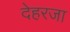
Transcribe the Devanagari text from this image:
देहरजा